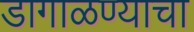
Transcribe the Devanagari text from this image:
डागाळण्याचा